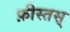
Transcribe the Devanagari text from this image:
फ़ीस्तस्